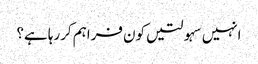
انہیں سہولتیں کون فراہم کررہا ہے؟